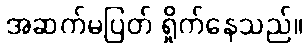
အဆက်မပြတ် ရှိုက်နေသည်။